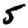
Digit: 5